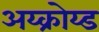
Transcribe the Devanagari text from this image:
अय्क्रोय्ड